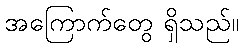
အကြောက်တွေ ရှိသည်။